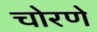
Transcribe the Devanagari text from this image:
चोरणे